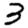
Digit: 3